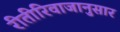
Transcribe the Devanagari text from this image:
रीतीरिवाजानुसार